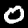
Digit: 0